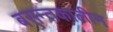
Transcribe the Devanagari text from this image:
बसन्तकालीन